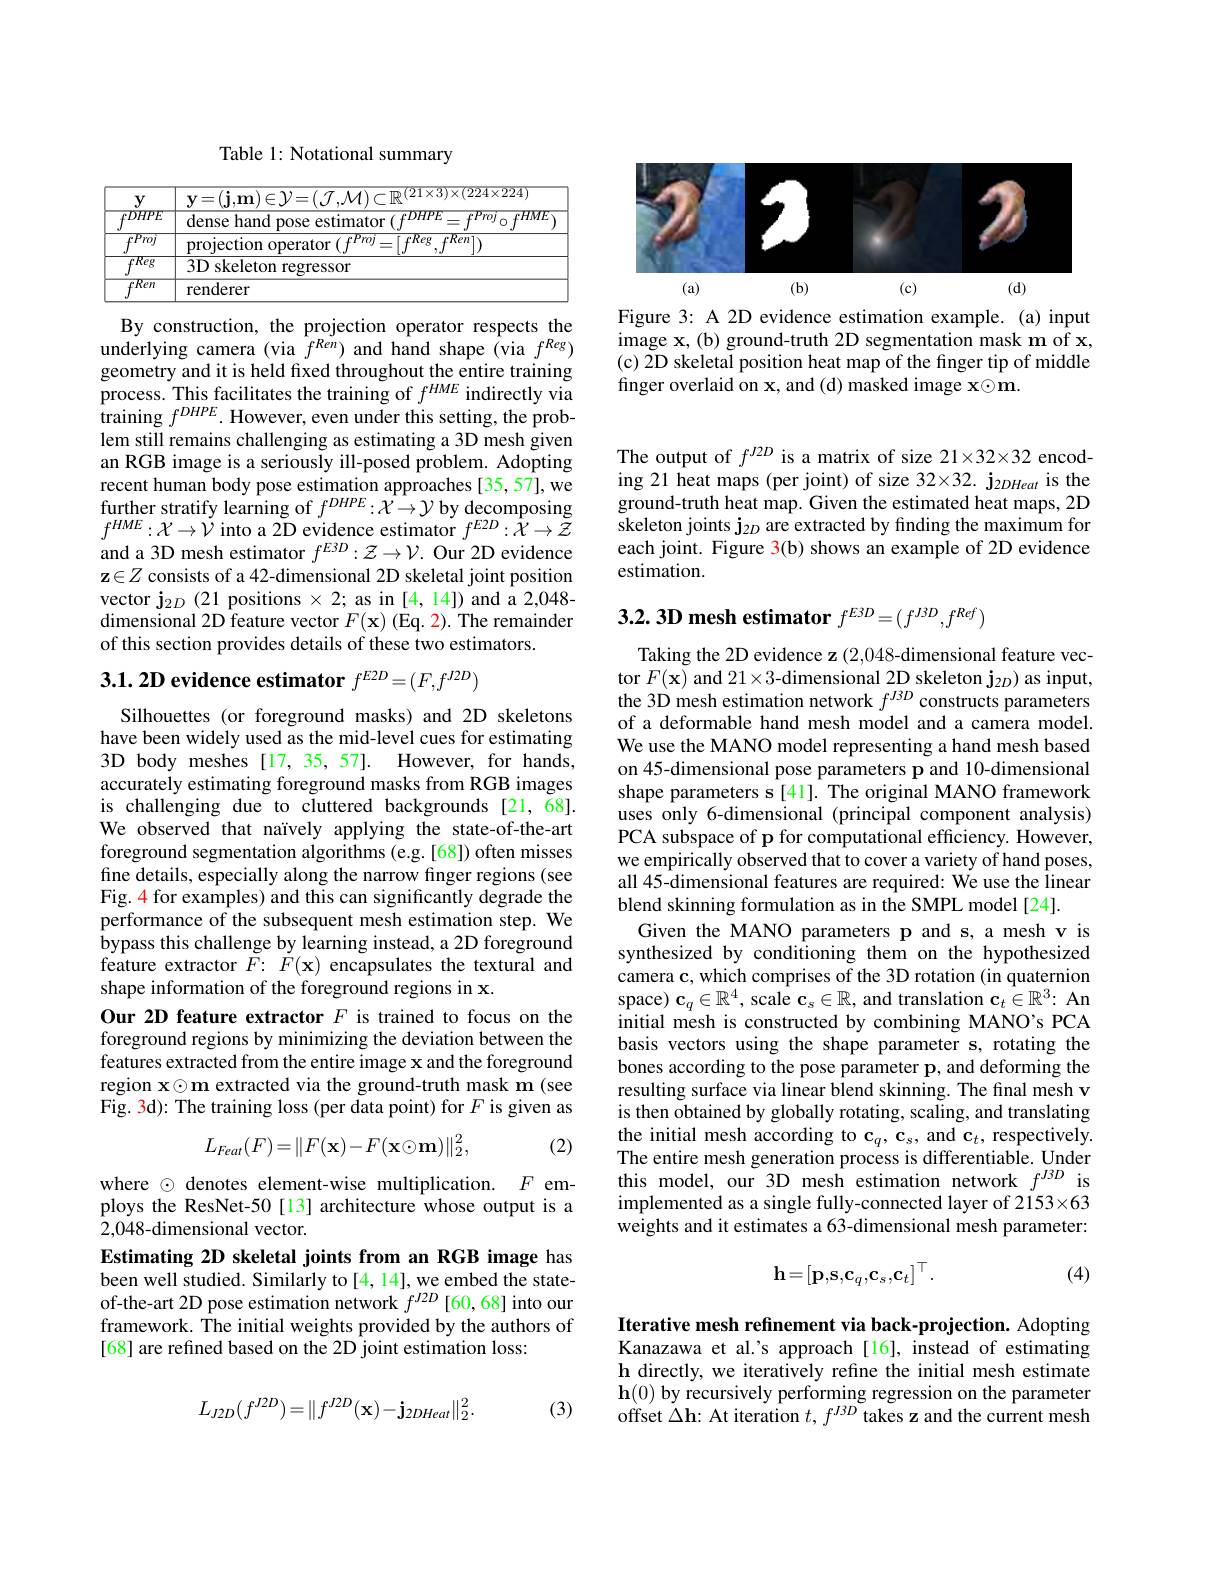
<FigureHere>
Figure 3: A 2D evidence estimation example. (a) input

image x,(b) ground-truth 2D segmentation mask m of x, (c) 2D skeletal position heat map of the finger tip of middle finger overlaid on x, and (d) masked image x©m.

Table 1: Notational summary

<table>
	<tbody>
		<tr>
			<td>$y$ $FDHPE$</td>
			<td>$\mathbf{y}=(\mathbf{J},\mathbf{m})$ ${\mathrm{dense~hand~pose~estimator~}(f^{DHPE}=f^{Proj}\circ f^{HME})}$</td>
		</tr>
		<tr>
			<td>$\overline{fProj}$ 1</td>
			<td>projection operator $(f^{Proj}$ Kell $=\left|:\frac{1}{2}\right|$</td>
		</tr>
		<tr>
			<td>$\overline{fReg}$</td>
			<td>3D skeleton regressor</td>
		</tr>
		<tr>
			<td>$\overline{fRen}$</td>
			<td>renderer</td>
		</tr>
	</tbody>
</table>

By construction, the projection operator respects the underlying camera (via $f^{Ren})$ and hand shape (via $f^{Reg})$ geometry and it is held frxed throughout the entire training process. This facilitates the training of $f^{HME}$ indirectly via training $f^{DHPE}.$ However, even under this setting, the problem still remains challenging as estimating a 3D mesh given an RGB image is a seriously ill-posed problem. Adopting recent human body pose estimation approaches [35,57],we further stratify learning of $f^{DHPE}:\mathcal{X}\to\mathcal{Y}$ by decomposing $f^{HME}:\mathcal{X}\to\mathcal{V}$ into a 2D evidence estimator $f^E2D:\bar{\mathcal{X}}\to\bar{\mathcal{Z}}$ and a 3D mesh estimator $f^{E3D}:\mathcal{Z}\to\mathcal{V}.$ Our 2D evidence $\mathbf{z}\in Z$ consists of a 42-dimensional 2D skeletal joint position vector $\mathbf{j}_{2D}$ (21 positions $\times2;$ as in [4,14]) and a 2,048- dimensional 2D feature vector $F(\mathbf{x})$ (Eq. 2). The remainder of this section provides details of these two estimators.

3.1. 2D evidence estimator $f^E2D=(F,f^{J2D})$

Silhouettes (or foreground masks) and 2D skeletons have been widely used as the mid-level cues for estimating 3D body meshes[17,35,57]. However, for hands, accurately estimating foreground masks from RGB images is challenging due to cluttered backgrounds [21,68]. We observed that naively applying the state-of-the-art foreground segmentation algorithms (e.g.[68]) often misses fine details, especially along the narrow finger regions (see Fig. 4 for examples) and this can significantly degrade the performance of the subsequent mesh estimation step. We bypass this challenge by learning instead, a 2D foreground feature extractor $\tilde{F} {: }$ $\tilde{F} ( \mathbf{x} )$ encapsulates the textural and shape information of the foreground regions in x.
Our 2D feature extractor $F$ is trained to focus on the foreground regions by minimizing the deviation between the features extracted from the entire image x and the foreground region x◉m extracted via the ground-truth mask m (see Fig. 3d): The training loss (per data point) for $F$ is given as

(2)
$$L_{Feat}(F)=\|F(\mathbf{x})-F(\mathbf{x}\odot\mathbf{m})\|_2^2,$$
where © denotes element-wise multiplication. $F$ employs the ResNet-50[13] architecture whose output is a 2,048-dimensional vector.
Estimating 2D skeletal joints from an RGB image has been well studied. Similarly to[4, 14], we embed the stateof-the-art 2D pose estimation network $f^{J2D}$ [60,68] into our framework. The initial weights provided by the authors of [68] are refined based on the 2D joint estimation loss:

(3)
$$L_{J2D}(f^{J2D})=\|f^{J2D}(\mathbf{x})-\mathbf{j}_{2DHeat}\|_2^2.$$
The output of $f^{J2D}$ is a matrix of size 21×32×32 encoding 21 heat maps (per joint) of size 32×32. j$_{2DHeat}$ is the ground-truth heat map. Given the estimated heat maps, 2D skeleton joints $\mathbf{j}_{2D}$ are extracted by finding the maximum for each joint. Figure 3(b) shows an example of 2D evidence estimation.

# 3.2. 3D mesh estimator $f^E3D=(f^{J3D},f^{Ref})$

Taking the 2D evidence z (2,048-dimensional feature vector $F(\mathbf{x})$ and 21$\times3$-dimensional 2D skeleton j$_2D)$ as input, the 3D mesh estimation network $f^{J3D}$ constructs parameters of a deformable hand mesh model and a camera model. We use the MANO model representing a hand mesh based on 45-dimensional pose parameters p and 10-dimensional shape parameters s [41]. The original MANO framework uses only 6-dimensional (principal component analysis) PCA subspace of p for computational efficiency. However, we empirically observed that to cover a variety of hand poses, all 45-dimensional features are required: We use the linear blend skinning formulation as in the SMPL model [24].
Given the MANO parameters p and s, a mesh v is synthesized by conditioning them on the hypothesized camera $\mathbf{c}$, which comprises of the 3D rotation (in quaternion space) $\mathbf{c}_q\in\mathbb{R}^4$, scale $\mathbf{c}_s\in\mathbb{R}$, and translation $\mathbf{c}_t\in\mathbb{R}^3:$ An initial mesh is constructed by combining MANO's PCA basis vectors using the shape parameter s, rotating the bones according to the pose parameter p, and deforming the resulting surface via linear blend skinning. The final mesh v is then obtained by globally rotating, scaling, and translating the initial mesh according to $\mathbf{c}_q,\mathbf{c}_s$, and $\mathbf{c}_t$, respectively. The entire mesh generation process is differentiable. Under this model, our 3D mesh estimation network $f^{J3D}$ is implemented as a single fully-connected layer of 2153×63 weights and it estimates a 63-dimensional mesh parameter:
$$\mathbf{h}=[\mathbf{p},\mathbf{s},\mathbf{c}_q,\mathbf{c}_s,\mathbf{c}_t]^\top.$$
(4)

Iterative mesh refinement via back-projection. Adopting Kanazawa et al.'s approach[16], instead of estimating h directly, we iteratively refine the initial mesh estimate $\mathbf{h}(0)$ by recursively performing regression on the parameter offset $\Delta\mathbf{h}:$ At iteration $t,f^J3D$ takes z and the current mesh